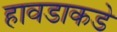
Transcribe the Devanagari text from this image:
हावडाकडे